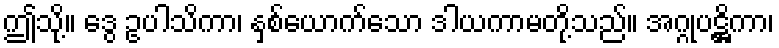
ဤသို့။ ဒွေ ဥပါသိကာ၊ နှစ်ယောက်သော ဒါယကာမတို့သည်။ အဂ္ဂုပဋ္ဌိကာ၊